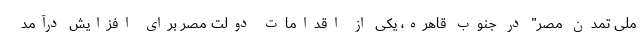
ملی تمدن مصر" در جنوب قاهره، یکی از اقدامات دولت مصر برای افزایش درآمد